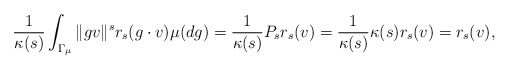
\begin{align*}\frac{ 1 }{\kappa(s)} \int_{\Gamma_{\mu}} \|gv\|^s r_s(g \cdot v) \mu(dg) = \frac{ 1 }{\kappa(s)} P_s r_s(v) = \frac{ 1 }{\kappa(s)} \kappa(s) r_s(v) = r_s(v), \end{align*}